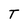
Character: T